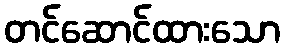
တင်ဆောင်ထားသော